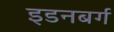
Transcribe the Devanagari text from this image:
इडनबर्ग